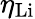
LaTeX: \eta_{\mathrm{{Li}}}